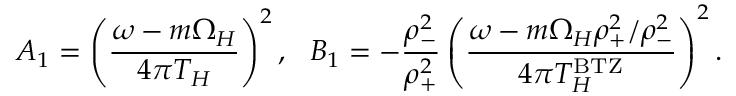
A _ { 1 } = \left( { \frac { \omega - m \Omega _ { H } } { 4 \pi T _ { H } } } \right) ^ { 2 } , ~ ~ B _ { 1 } = - { \frac { \rho _ { - } ^ { 2 } } { \rho _ { + } ^ { 2 } } } \left( { \frac { \omega - m \Omega _ { H } \rho _ { + } ^ { 2 } / \rho _ { - } ^ { 2 } } { 4 \pi T _ { H } ^ { \mathrm { B T Z } } } } \right) ^ { 2 } .